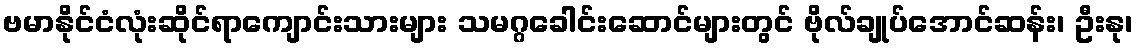
ဗမာနိုင်ငံလုံးဆိုင်ရာကျောင်းသားများ သမဂ္ဂခေါင်းဆောင်များတွင် ဗိုလ်ချုပ်အောင်ဆန်း၊ ဦးနု၊